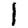
Digit: 1